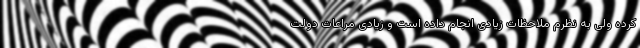
کرده ولی به نظرم ملاحظات زیادی انجام داده است و زیادی مراعات دولت